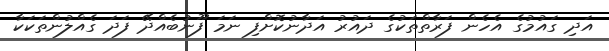
އަދި ގައުމުގެ އެހެން ފަރާތްތަކުގެ ދައުރު އަދާނުކޮށްފި ނަމަ ފޫނުބެއްދޭ ފަދަ ގެއްލުންތަކަކާ